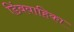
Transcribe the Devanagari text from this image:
डिंबवाहिका